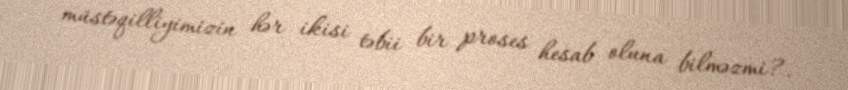
müstəqilliyimizin hər ikisi təbii bir proses hesab oluna bilməzmi?.